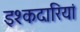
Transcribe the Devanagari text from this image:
इश्कदारियां